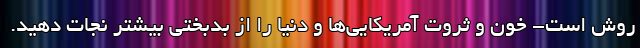
روش است- خون و ثروت آمریکایی‌ها و دنیا را از بدبختی بیشتر نجات دهید.